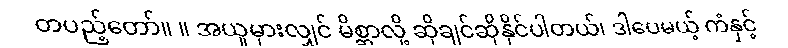
တပည့်တော်။ ။ အယူမှားလျှင် မိစ္ဆာလို့ ဆိုချင်ဆိုနိုင်ပါတယ်၊ ဒါပေမယ့် ကံနှင့်